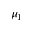
\mu _ { 1 }